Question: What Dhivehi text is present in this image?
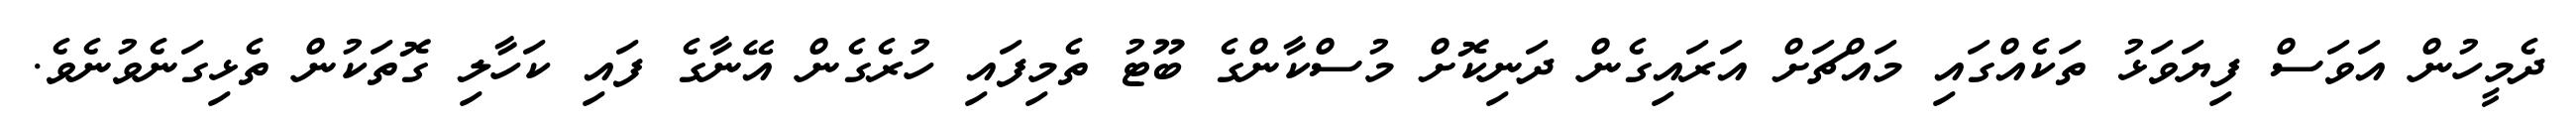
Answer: ދެމީހުން އަވަސް ފިޔަވަޅު ތަކެއްގައި މައްޗަށް އަރައިގެން ދަނިކޮށް މުސްކާންގެ ބޫޓު ތެމިފައި ހުރެގެން އޭނާގެ ފައި ކަހާލި ގޮތަކުން ތެޅިގަނެވުނެވެ.